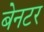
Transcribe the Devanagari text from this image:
बेनटर